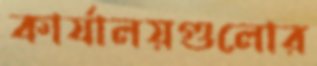
কার্যালয়গুলোর